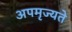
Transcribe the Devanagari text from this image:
अपमृज्यते